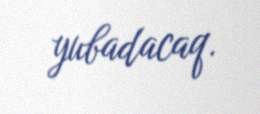
yubadacaq.